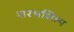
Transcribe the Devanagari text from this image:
शरभशिल्प